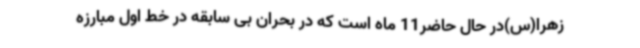
زهرا(س)در حال حاضر11 ماه است که در بحران بی سابقه در خط اول مبارزه